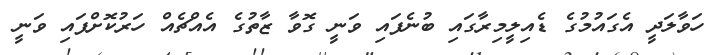
ހަވާލަދީ އެގައުމުގެ ޑެއިލީމިރާގައި ބުނެފައި ވަނީ ގޮވާ ޒާތުގެ އެއްޗެއް ހަރުކޮށްފައި ވަނީ